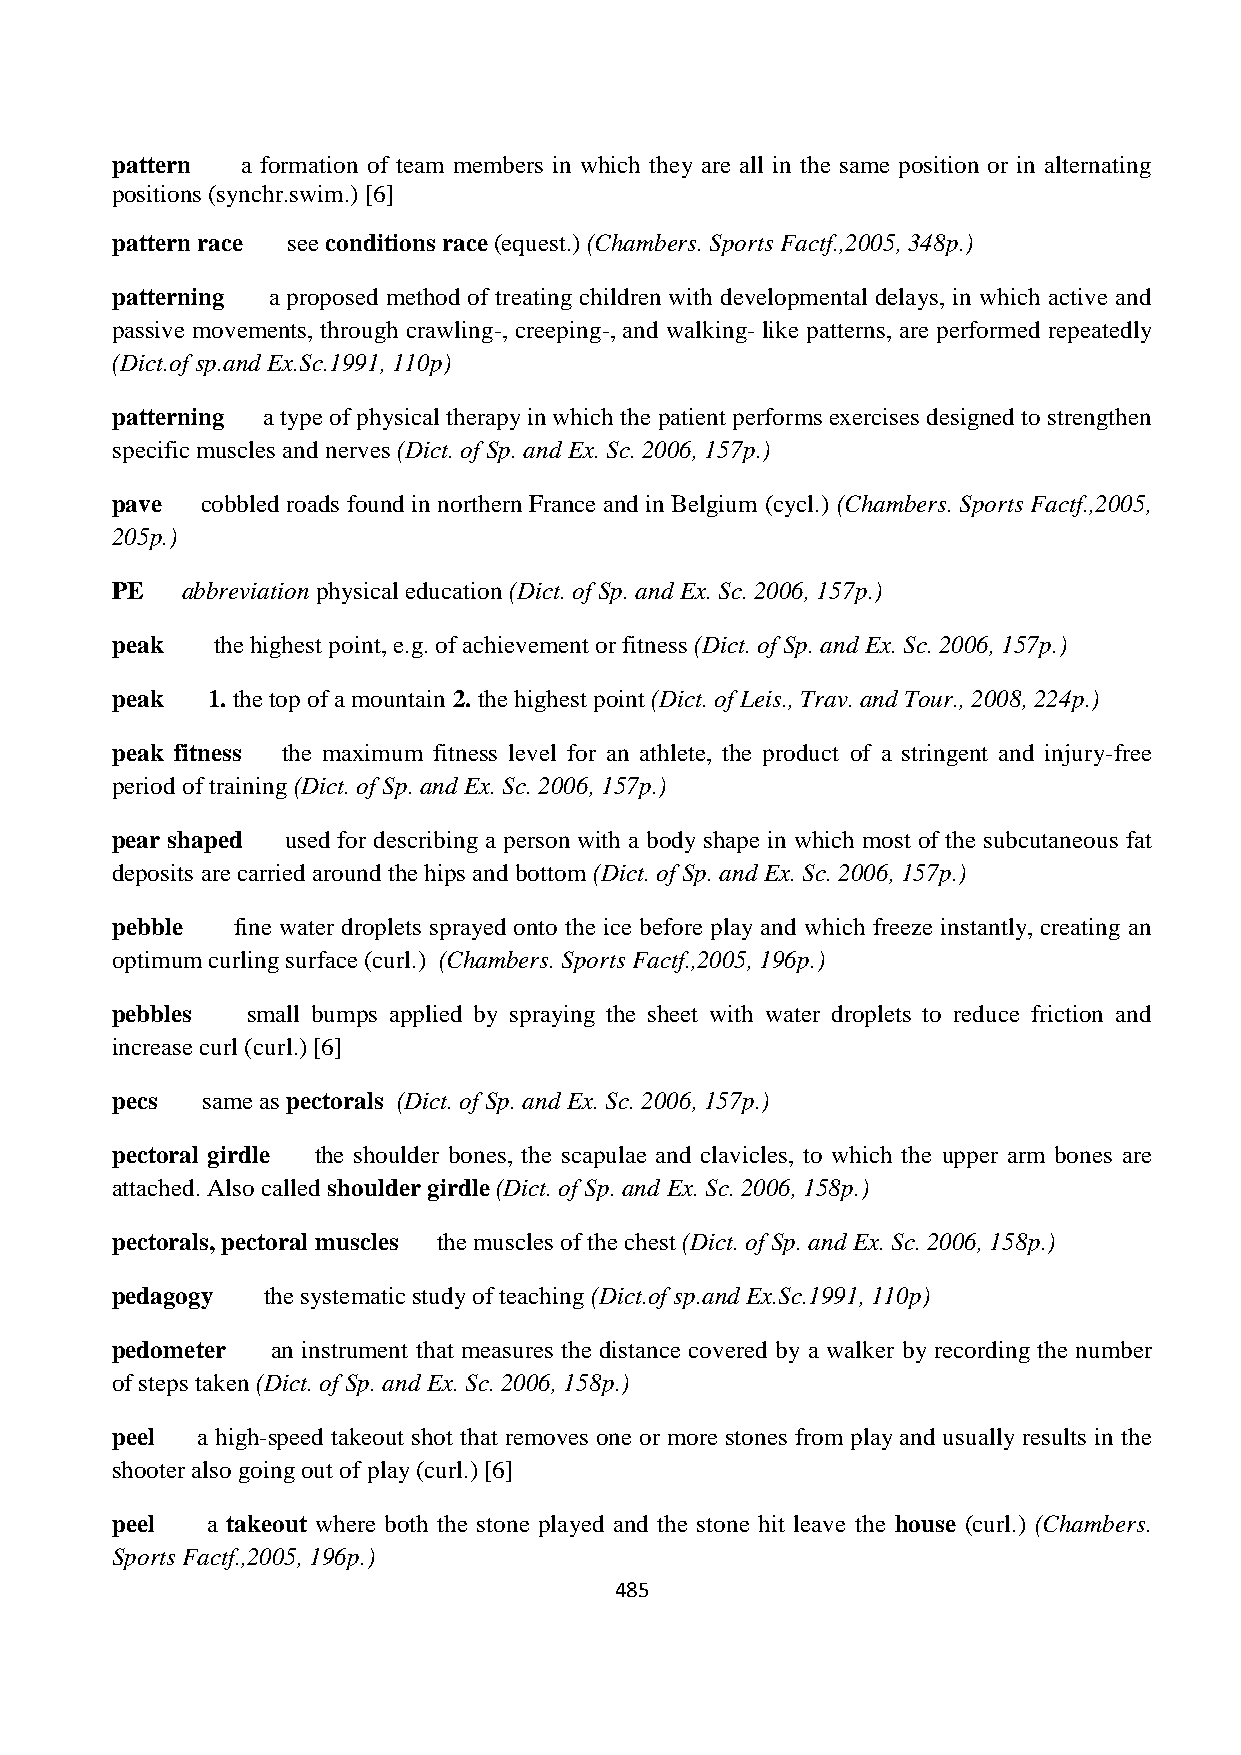
pattern  a formation of team members in which they are all in the same position or in alternating
 positions (synchr.swim.) [6]
 pattern race see conditions race (equest.) (Chambers. Sports Factf.,2005, 348p.)
 patterning a proposed method of treating children with developmental delays, in which active and
 passive movements, through crawling-, creeping-, and walking- like patterns, are performed repeatedly
 (Dict.of sp.and Ex.Sc.1991, 110p)
 patterning a type of physical therapy in which the patient performs exercises designed to strengthen
 specific muscles and nerves (Dict. of Sp. and Ex. Sc. 2006, 157p.)
 pave  cobbled roads found in northern France and in Belgium (cycl.) (Chambers. Sports Factf.,2005,
 205p.)
 PE   abbreviation physical education (Dict. of Sp. and Ex. Sc. 2006, 157p.)
 peak   the highest point, e.g. of achievement or fitness (Dict. of Sp. and Ex. Sc. 2006, 157p.)
 peak   1. the top of a mountain 2. the highest point (Dict. of Leis., Trav. and Tour., 2008, 224p.)
 peak fitness the maximum fitness level for an athlete, the product of a stringent and injury-free
 period of training (Dict. of Sp. and Ex. Sc. 2006, 157p.)
 pear shaped used for describing a person with a body shape in which most of the subcutaneous fat
 deposits are carried around the hips and bottom (Dict. of Sp. and Ex. Sc. 2006, 157p.)
 pebble  fine water droplets sprayed onto the ice before play and which freeze instantly, creating an
 optimum curling surface (curl.) (Chambers. Sports Factf.,2005, 196p.)
 pebbles  small bumps applied by spraying the sheet with water droplets to reduce friction and
 increase curl (curl.) [6]
 pecs  same as pectorals (Dict. of Sp. and Ex. Sc. 2006, 157p.)
 pectoral girdle the shoulder bones, the scapulae and clavicles, to which the upper arm bones are
 attached. Also called shoulder girdle (Dict. of Sp. and Ex. Sc. 2006, 158p.)
 pectorals, pectoral muscles the muscles of the chest (Dict. of Sp. and Ex. Sc. 2006, 158p.)
 pedagogy  the systematic study of teaching (Dict.of sp.and Ex.Sc.1991, 110p)
 pedometer  an instrument that measures the distance covered by a walker by recording the number
 of steps taken (Dict. of Sp. and Ex. Sc. 2006, 158p.)
 peel  a high-speed takeout shot that removes one or more stones from play and usually results in the
 shooter also going out of play (curl.) [6]
 peel   a takeout where both the stone played and the stone hit leave the house (curl.) (Chambers.
 Sports Factf.,2005, 196p.)
 485